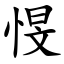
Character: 㥗